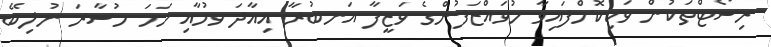
ރިސޯޓްތަކުން ވަކިކޮށްފައިވާ މުވައްޒަފުންގެ ވަޒީފާ އަނބުރާ އިއާދަ ވުމާއި ހަމަ މުސާރަ ނުލިބޭ